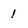
Character: 1